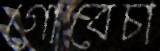
গোবেচা